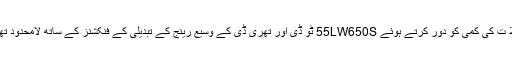
پرانے تھری ڈی ٹی ویز کے مقابلے میں مشتملا ت کی کمی کو دور کرتے ہوئے 55LW650S ٹو ڈی اور تھری ڈی کے وسیع رینج کے تبدیلی کے فنکشنز کے ساتھ لامحدود تھری ڈی ویونگ کے ضروریات فراہم کرتا ہے ۔